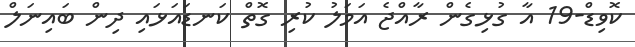
ކޮވިޑް-19 އާ ގުޅިގެން ރާއްޖެ އަމަލު ކުރި ގޮތް ކަނޑައަޅައި ދިން ބައިނަލް